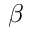
\beta